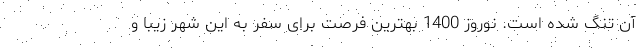
آن تنگ شده است. نوروز 1400 بهترین فرصت برای سفر به این شهر زیبا و